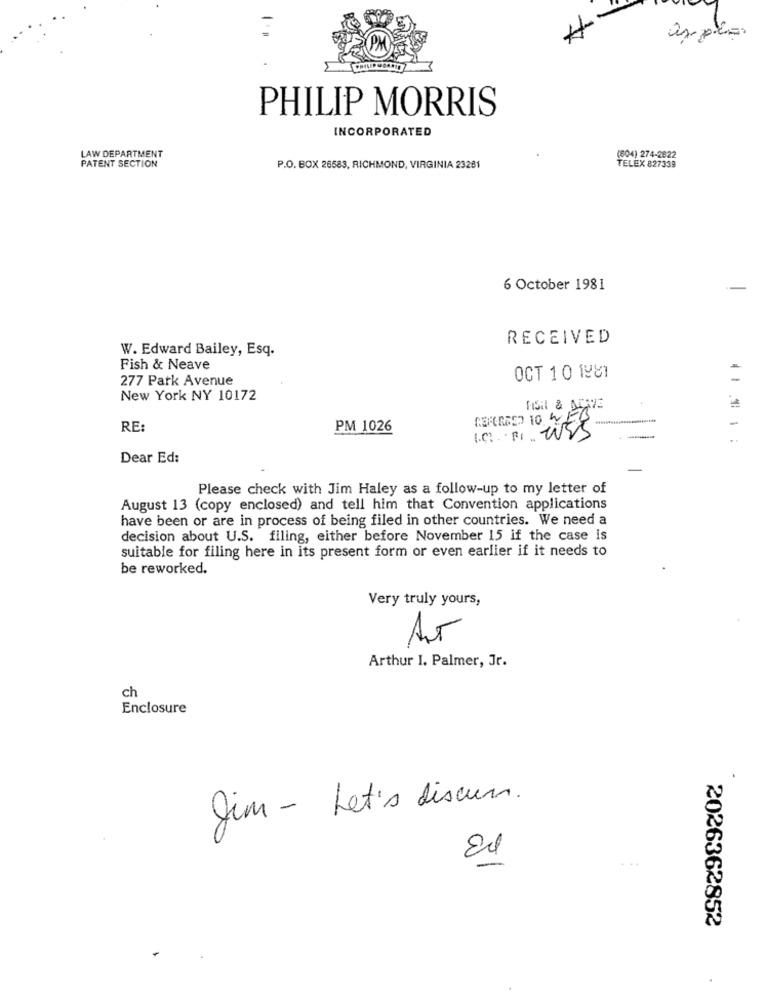
apple.
PHILIP MORRIS
INCORPORATED
LAW DEPARTMENT
PATENT SECTION
(804) 274-2622
P.O. BOX 26583, RICHMOND, VIRGINIA 23281
TELEX 827339
6 October 1981
RECEIVED
W. Edward Bailey, Esq.
Fish & Neave
277 Park Avenue
OCT 10 1981
New York NY 10172
PISil & NAVE
REFERRED 10 WE
RE:
PM 1026
I.C. F1 WSS
Dear Ed:
Please check with Jim Haley as a follow-up to my letter of
August 13 (copy enclosed) and tell him that Convention applications
have been or are in process of being filed in other countries. We need a
decision about U.S. filing, either before November 15 if the case is
suitable for filing here in its present form or even earlier if it needs to
be reworked.
Very truly yours,
Arthur I. Palmer, Jr.
ch
Enclosure
Jim - Let's discuss.
-
2026362852